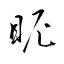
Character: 眤